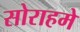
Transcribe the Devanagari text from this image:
सोराहमे